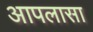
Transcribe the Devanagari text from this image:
आपलासा